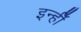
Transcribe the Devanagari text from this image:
इन्हीँ